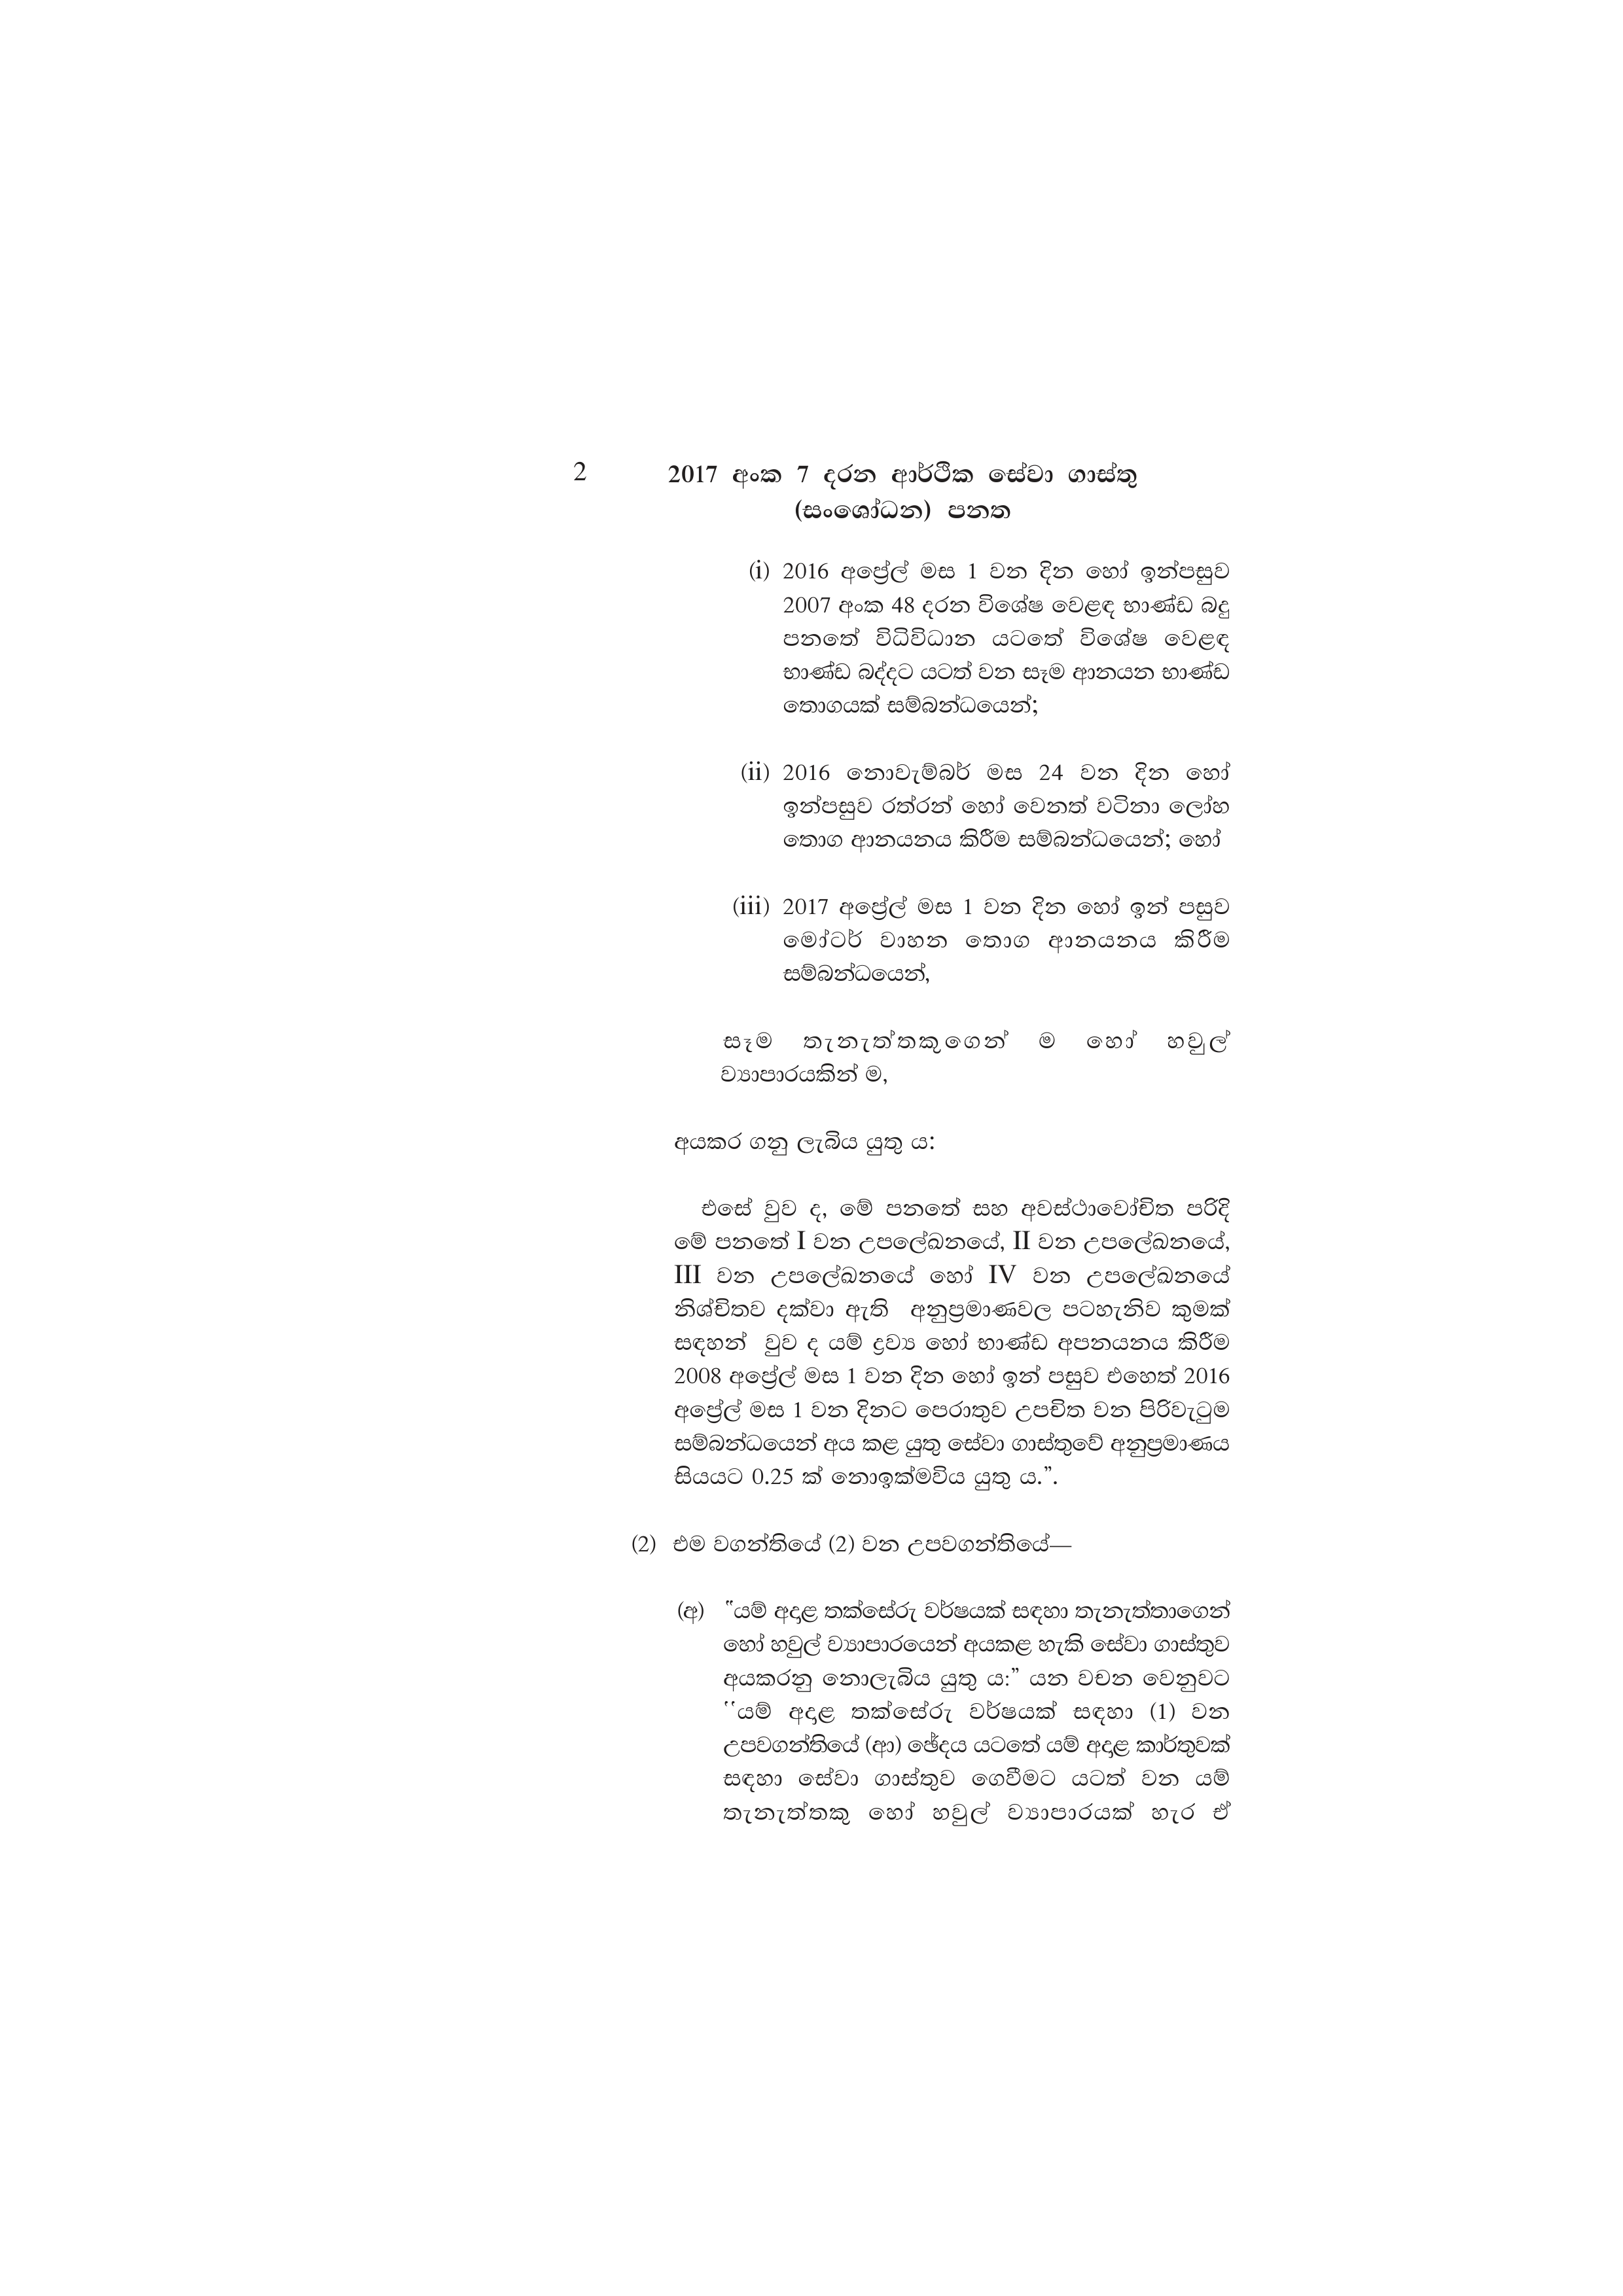
2 2017 අංක 7 දරන ආර්ථික සේවා ගාස්තු
(සංශෝධන) පනත

(i) 2016 අප්‍රේල් මස 1 වන දින හෝ ඉන්පසුව
2007 අංක 48 දරන විශේෂ වෙළඳ භාණ්ඩ බදු
පනතේ විධිවිධාන යටතේ විශේෂ වෙළඳ
භාණ්ඩ බද්දට යටත් වන සෑම ආනයන භාණ්ඩ
තොගයක් සම්බන්ධයෙන්;

(ii) 2016 නොවැම්බර් මස 24 වන දින හෝ
ඉන්පසුව රත්රන් හෝ වෙනත් වටිනා ලෝහ
තොග ආනයනය කිරීම සම්බන්ධයෙන්; හෝ

(iii) 2017 අප්‍රේල් මස 1 වන දින හෝ ඉන් පසුව
මෝටර් වාහන තොග ආනයනය කිරීම
සම්බන්ධයෙන්,

සෑම තැනැත්තකුගෙන් ම හෝ හවුල්
ව්‍යාපාරයකින් ම,

අයකර ගනු ලැබිය යුතු ය:

එසේ වුව ද, මේ පනතේ සහ අවස්ථාවෝචිත පරිදි
මේ පනතේ I වන උපලේඛනයේ, II වන උපලේඛනයේ,
III වන උපලේඛනයේ හෝ IV වන උපලේඛනයේ
නිශ්චිතව දක්වා ඇති අනුප්‍රමාණවල පටහැනිව කුමක්
සඳහන් වුව ද යම් ද්‍රව්‍ය හෝ භාණ්ඩ අපනයනය කිරීම
2008 අප්‍රේල් මස 1 වන දින හෝ ඉන් පසුව එහෙත් 2016
අප්‍රේල් මස 1 වන දිනට පෙරාතුව උපචිත වන පිරිවැටුම
සම්බන්ධයෙන් අය කළ යුතු සේවා ගාස්තුවේ අනුප්‍රමාණය
සියයට 0.25 ක් නොඉක්මවිය යුතු ය.”.

(2) එම වගන්තියේ (2) වන උපවගන්තියේ—

(අ) "යම් අදාළ තක්සේරු වර්ෂයක් සඳහා තැනැත්තාගෙන්
හෝ හවුල් ව්‍යාපාරයෙන් අයකළ හැකි සේවා ගාස්තුව
අයකරනු නොලැබිය යුතු ය:” යන වචන වෙනුවට
“යම් අදාළ තක්සේරු වර්ෂයක් සඳහා (1) වන
උපවගන්තියේ (ආ) ඡේදය යටතේ යම් අදාළ කාර්තුවක්
සඳහා සේවා ගාස්තුව ගෙවීමට යටත් වන යම්
තැනැත්තකු හෝ හවුල් ව්‍යාපාරයක් හැර ඒ